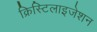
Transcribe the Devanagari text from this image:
क्रिस्टिलाइजेशन